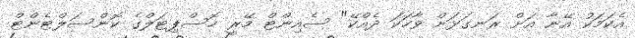
އެކަމަކު އޭނާ އަށް ރަނގަޅަށް ވާހަކަ ދެއްކޭ" ސެއިންޓް މޭރީ ހޮސްޕިޓަލްގެ ކޮންސަލްޓެންޓް